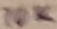
Text: 10K